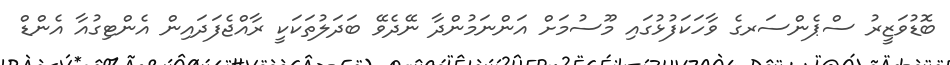
ބޮޑުވަޒީރު ސްޕެންސަރގެ ވާހަކަފުޅުގައި މޫސުމަށް އަންނަމުންދާ ނޭދެވޭ ބަދަލުތަކަކީ ރާއްޖެފަދައިން އެންޓިގުއާ އެންޑް